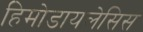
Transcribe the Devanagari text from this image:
हिमोडायलेसिस